Annual report of the Punjab Veterinary College and of the Civil Veterinary Department, Punjab - 1894-1908
Year: 1894
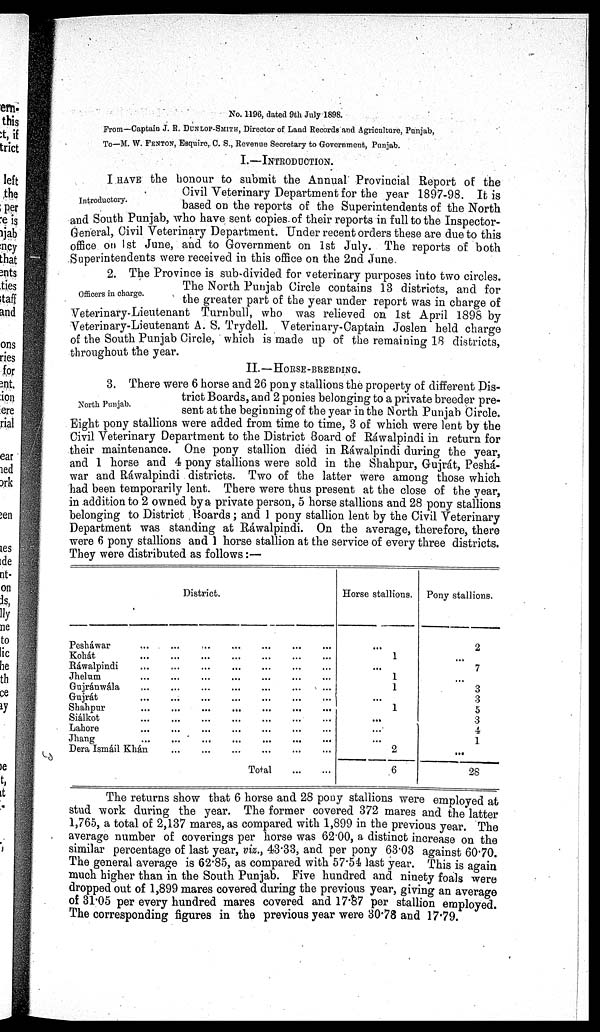
No. 1196, dated 9th July 1898.
From—Captain J. R. DUNLOP-SMITH, Direotor of Land Records and Agriculture, Punjab,
To—M. W. FENTON, Esquire,. C. S., Revenue Secretary to Government, Punjab.
I.—INTRODUCTION.
Introductory.
I HAVE the honour to submit the Annual Provincial Report of the
Civil Veterinary Department for the year 1897-98. It is
based on the reports of the Superintendents of the North
and South Punjab, who have sent copies of their reports in full to the Inspector-
General, Civil Veterinary Department. Under recent orders these are due to this
office on 1st June, and to Government on 1st July. The reports of both
Superintendents were received in this office on the 2nd June.
Officers in charge.
2. The Province is sub-divided for veterinary purposes into two circles.
The North Punjab Circle contains 13 districts, and for
the greater part of the year under report was in charge of
Veterinary-Lieutenant Turnbull, who was relieved on 1st April 1898 by
Veterinary-Lieutenant A. S. Trydell. Veterinary-Captain Joslen held charge
of the South Punjab Circle, which is made up of the remaining 18 districts,
throughout the year.
II.—HORSE-BREEDING.
North Punjab.
3. There were 6 horse and 26 pony stallions the property of different Dis-
trict Boards, and 2 ponies belonging to a private breeder pre-
sent at the beginning of the year in the North Punjab Circle.
Eight pony stallions were added from time to time, 3 of which were lent by the
Civil Veterinary Department to the District Board of Rawalpindi in return for
their maintenance. One pony stallion died in Ráwalpindi during the year,
and 1 horse and 4 pony stallions were sold in the Shahpur, Gujrát, Peshá-
war and Ráwalpindi districts. Two of the latter were among those which
had been temporarily lent. There were thus present at the close of the year,
in addition to 2 owned by a private person, 5 horse stallions and 28 pony stallions
belonging to District Boards; and 1 pony stallion lent by the Civil Veterinary
Department was standing at Ráwalpindi. On the average, therefore, there
were 6 pony stallions and 1 horse stallion at the service of every three districts.
They were distributed as follows:—
District.
Pesháwar... ... ... ... ... ...
Kohát... ... ... ... ... ...
Rawalpindi... ... ... ... ... ...
Jhelum... ... ... ... ... ...
Gujránwála... ... ... ... ... ...
Gujrát... ... ... ... ... ...
Shahpur... ... ... ... ... ...
Siálkot... ... ... ... ... ...
Lahore... ... ... ... ... ...
Jhang... ... ... ... ... ...
Dera Ismáil Khan ... ... ... ... ... ...
Total
...
...
Horse stallions.
...
1
...
1
1
...
1
...
...
...
2
6
Pony stallions.
2
...
7
...
3
3
5
3
4
1
...
28
The returns show that 6 horse and 28 pony stallions were employed at
stud work during the year. The former covered 372 mares and the latter
1,765, a total of 2,137 mares, as compared with 1,899 in the previous year. The
average number of coverings per horse was 62.00, a distinct increase on the
similar percentage of last year, viz., 43.33, and per pony 63.03 against 60.70.
The general average is 62.85, as compared with 57.54 last year. This is again
much higher than in the South Punjab. Five hundred and ninety foals were
dropped out of 1,899 mares covered during the previous year, giving an average
of 31.05 per every hundred mares covered and 17.87 per stallion employed.
The corresponding figures in the previous year were 30.78 and 17.79.